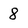
Character: 8